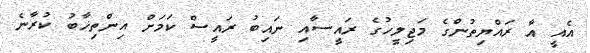
އެއީ އާ ރައްޔިތުންގެ މަޖިލީހުގެ ރައީސާއި ނައިބު ރައީސް ކަމަށް އިންތިޚާބު ކުރާނެ